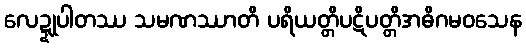
လေဍ္ဍုပါတဿ သမဏဿာတိ ပရိယတ္တိပဋိပတ္တိအဓိဂမဝသေန